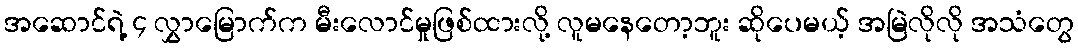
အဆောင်ရဲ့ ၄ လွှာမြောက်က မီးလောင်မှုဖြစ်ထားလို့ လူမနေတော့ဘူး ဆိုပေမယ့် အမြဲလိုလို အသံတွေ